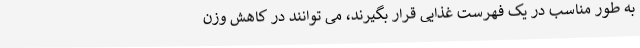
به طور مناسب در یک فهرست غذایی قرار بگیرند، می توانند در کاهش وزن